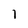
Character: l